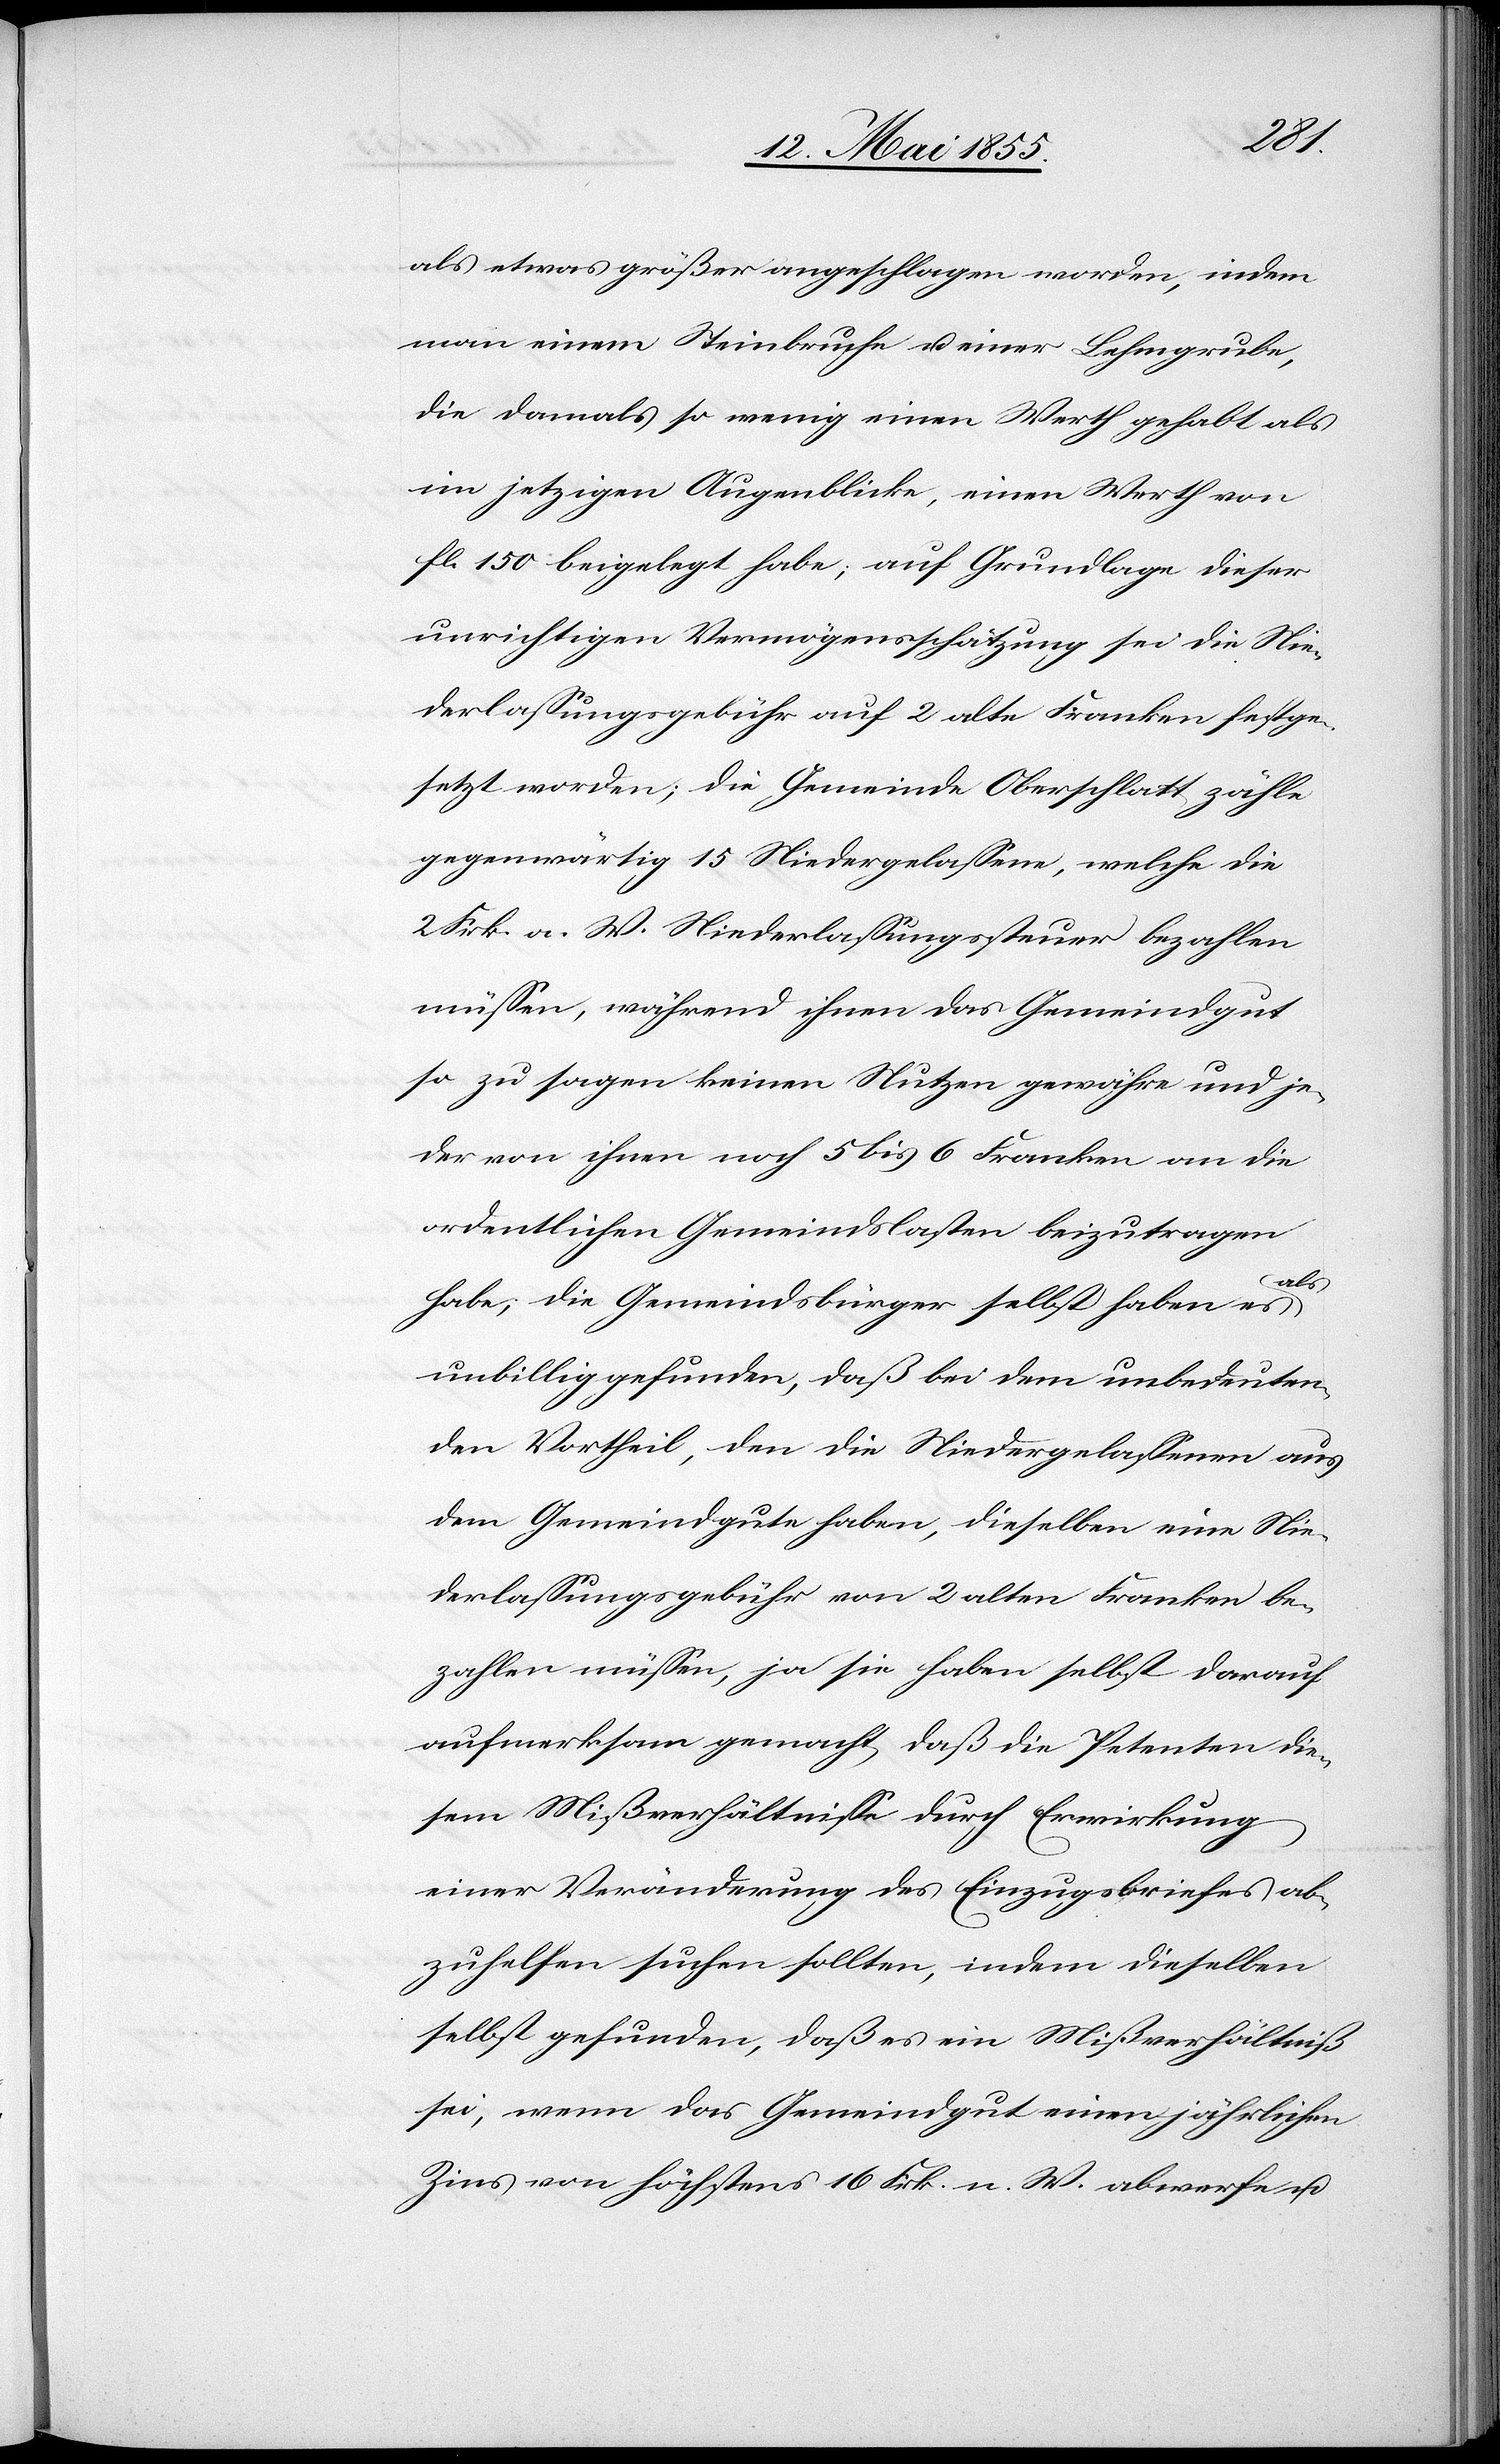
als etwas größer angeschlagen worden, indem
man einem Steinbruche u. einer Lehmgrube,
die damals so wenig einen Werth gehabt als
im jetzigen Augenblicke, einen Werth von
fl. 150 beigelegt habe; auf Grundlage dieser
unrichtigen Vermögensschätzung sei die Nie¬
derlassungsgebühr auf 2 alte Franken festge¬
setzt worden; die Gemeinde Oberschlatt zähle
gegenwärtig 15 Niedergelassene, welche die
2 Frk. a. W. Niederlassungssteuer bezahlen
müssen, während ihnen das Gemeindgut
so zu sagen keinen Nutzen gewähre und je¬
der von ihnen noch 5 bis 6 Franken an die
ordentlichen Gemeindslasten beizutragen
als
habe; die Gemeindsbürger selbst haben es
unbillig gefunden, daß bei dem unbedeuten¬
den Vortheil, den die Niedergelassenen aus
dem Gemeindgute haben, dieselben eine Nie¬
derlassungsgebühr von 2 alten Franken be¬
zahlen müssen, ja sie haben selbst darauf
aufmerksam gemacht, daß die Petenten die¬
sem Mißverhältnisse durch Erwirkung
einer Veränderung des Einzugsbriefes ab¬
zuhelfen suchen sollten, indem dieselben
selbst gefunden, daß es ein Mißverhältniß
sei, wenn das Gemeindgut einen jährlichen
Zins von höchstens 16 Frk. n. W. abwerfe u.